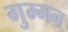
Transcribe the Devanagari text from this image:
गुम्मन